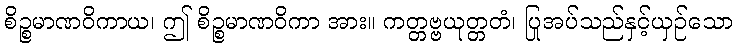
စိဉ္စမာဏဝိကာယ၊ ဤ စိဉ္စမာဏဝိကာ အား။ ကတ္တဗ္ဗယုတ္တတံ၊ ပြုအပ်သည်နှင့်ယှဉ်သော